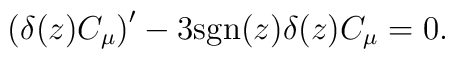
\left ( \delta(z) C_\mu \right )' - 3 {\rm sgn}(z) \delta(z) C_\mu =0.